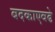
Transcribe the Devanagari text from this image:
बदकाएवढे